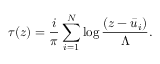
\tau ( z ) = \frac { i } { \pi } \sum _ { i = 1 } ^ { N } \log \frac { ( z - \bar { u } _ { i } ) } { \Lambda } .